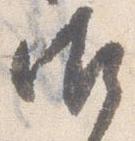
御